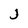
Character: J